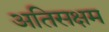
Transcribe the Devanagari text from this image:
अतिसक्षम